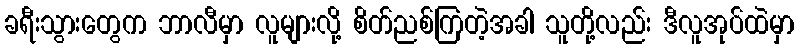
ခရီးသွားတွေက ဘာလီမှာ လူများလို့ စိတ်ညစ်ကြတဲ့အခါ သူတို့လည်း ဒီလူအုပ်ထဲမှာ